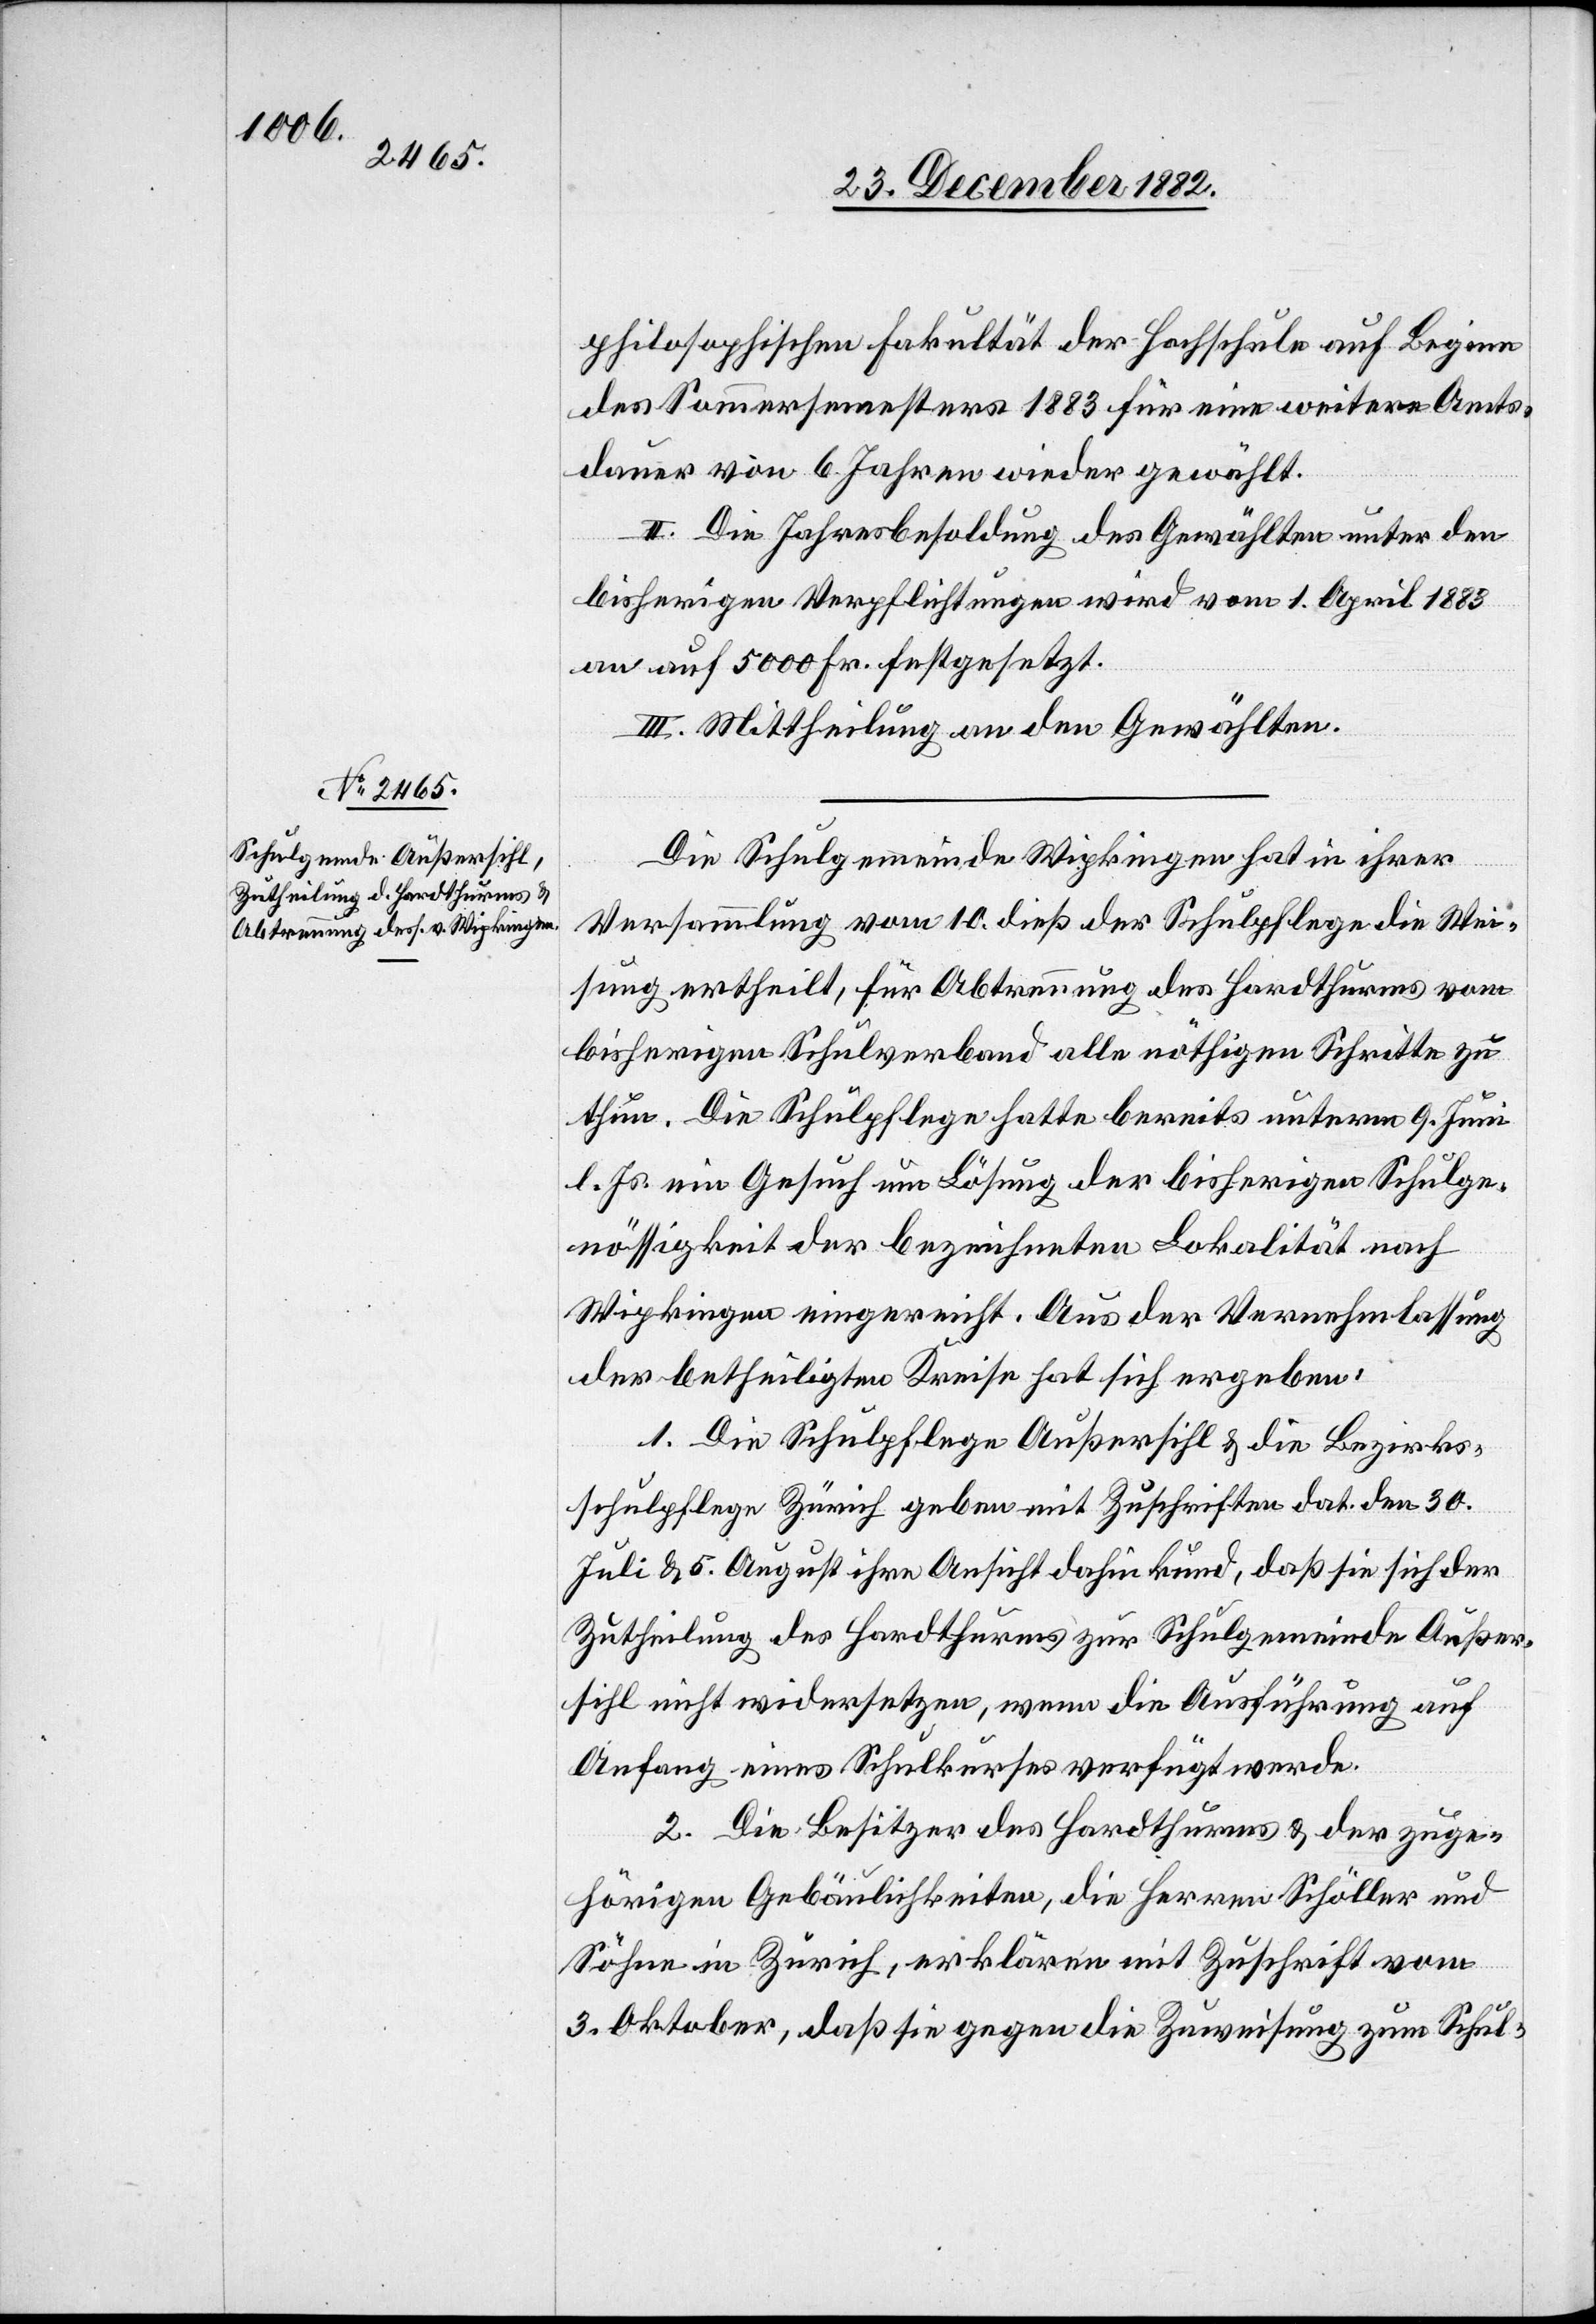
philosophischen Fakultät der Hochschule auf Beginn
des Sommersemesters 1883 für eine weitere Amts¬
dauer von 6 Jahren wieder gewählt.
II. Die Jahresbesoldung des Gewählten unter den
bisherigen Verpflichtungen wird vom 1. April 1883
an auf 5000 Fr. festgesetzt.
III. Mittheilung an den Gewählten.
Die Schulgemeinde Wipkingen hat in ihrer
Versammlung vom 10. dieß der Schulpflege die Wei¬
sung ertheilt, für Abtrennung des Hardthurms vom
bisherigen Schulverband alle nöthigen Schritte zu
thun. Die Schulpflege hatte bereits unterm 9. Juni
l. Js. ein Gesuch um Lösung der bisherigen Schulge¬
nössigkeit der bezeichneten Lokalität nach
Wipkingen eingereicht. Aus der Vernehmlassung
der betheiligten Kreise hat sich ergeben:
1. Die Schulpflege Außersihl & die Bezirks¬
schulpflege Zürich geben mit Zuschriften dat. den 30.
Juli & 5. August ihre Ansicht dahin kund, daß sie sich der
Zutheilung des Hardthurms zur Schulgemeinde Außer¬
sihl nicht widersetzen, wenn die Ausführung auf
Anfang eines Schulkurses verfügt werde.
2. Die Besitzer des Hardthurms & der zuge¬
hörigen Gebäulichkeiten, die Herren Schöller und
Söhne in Zürich, erklären mit Zuschrift vom
3. Oktober, daß sie gegen die Zuweisung zum Schul-